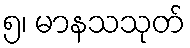
၅၊ မာနသသုတ်